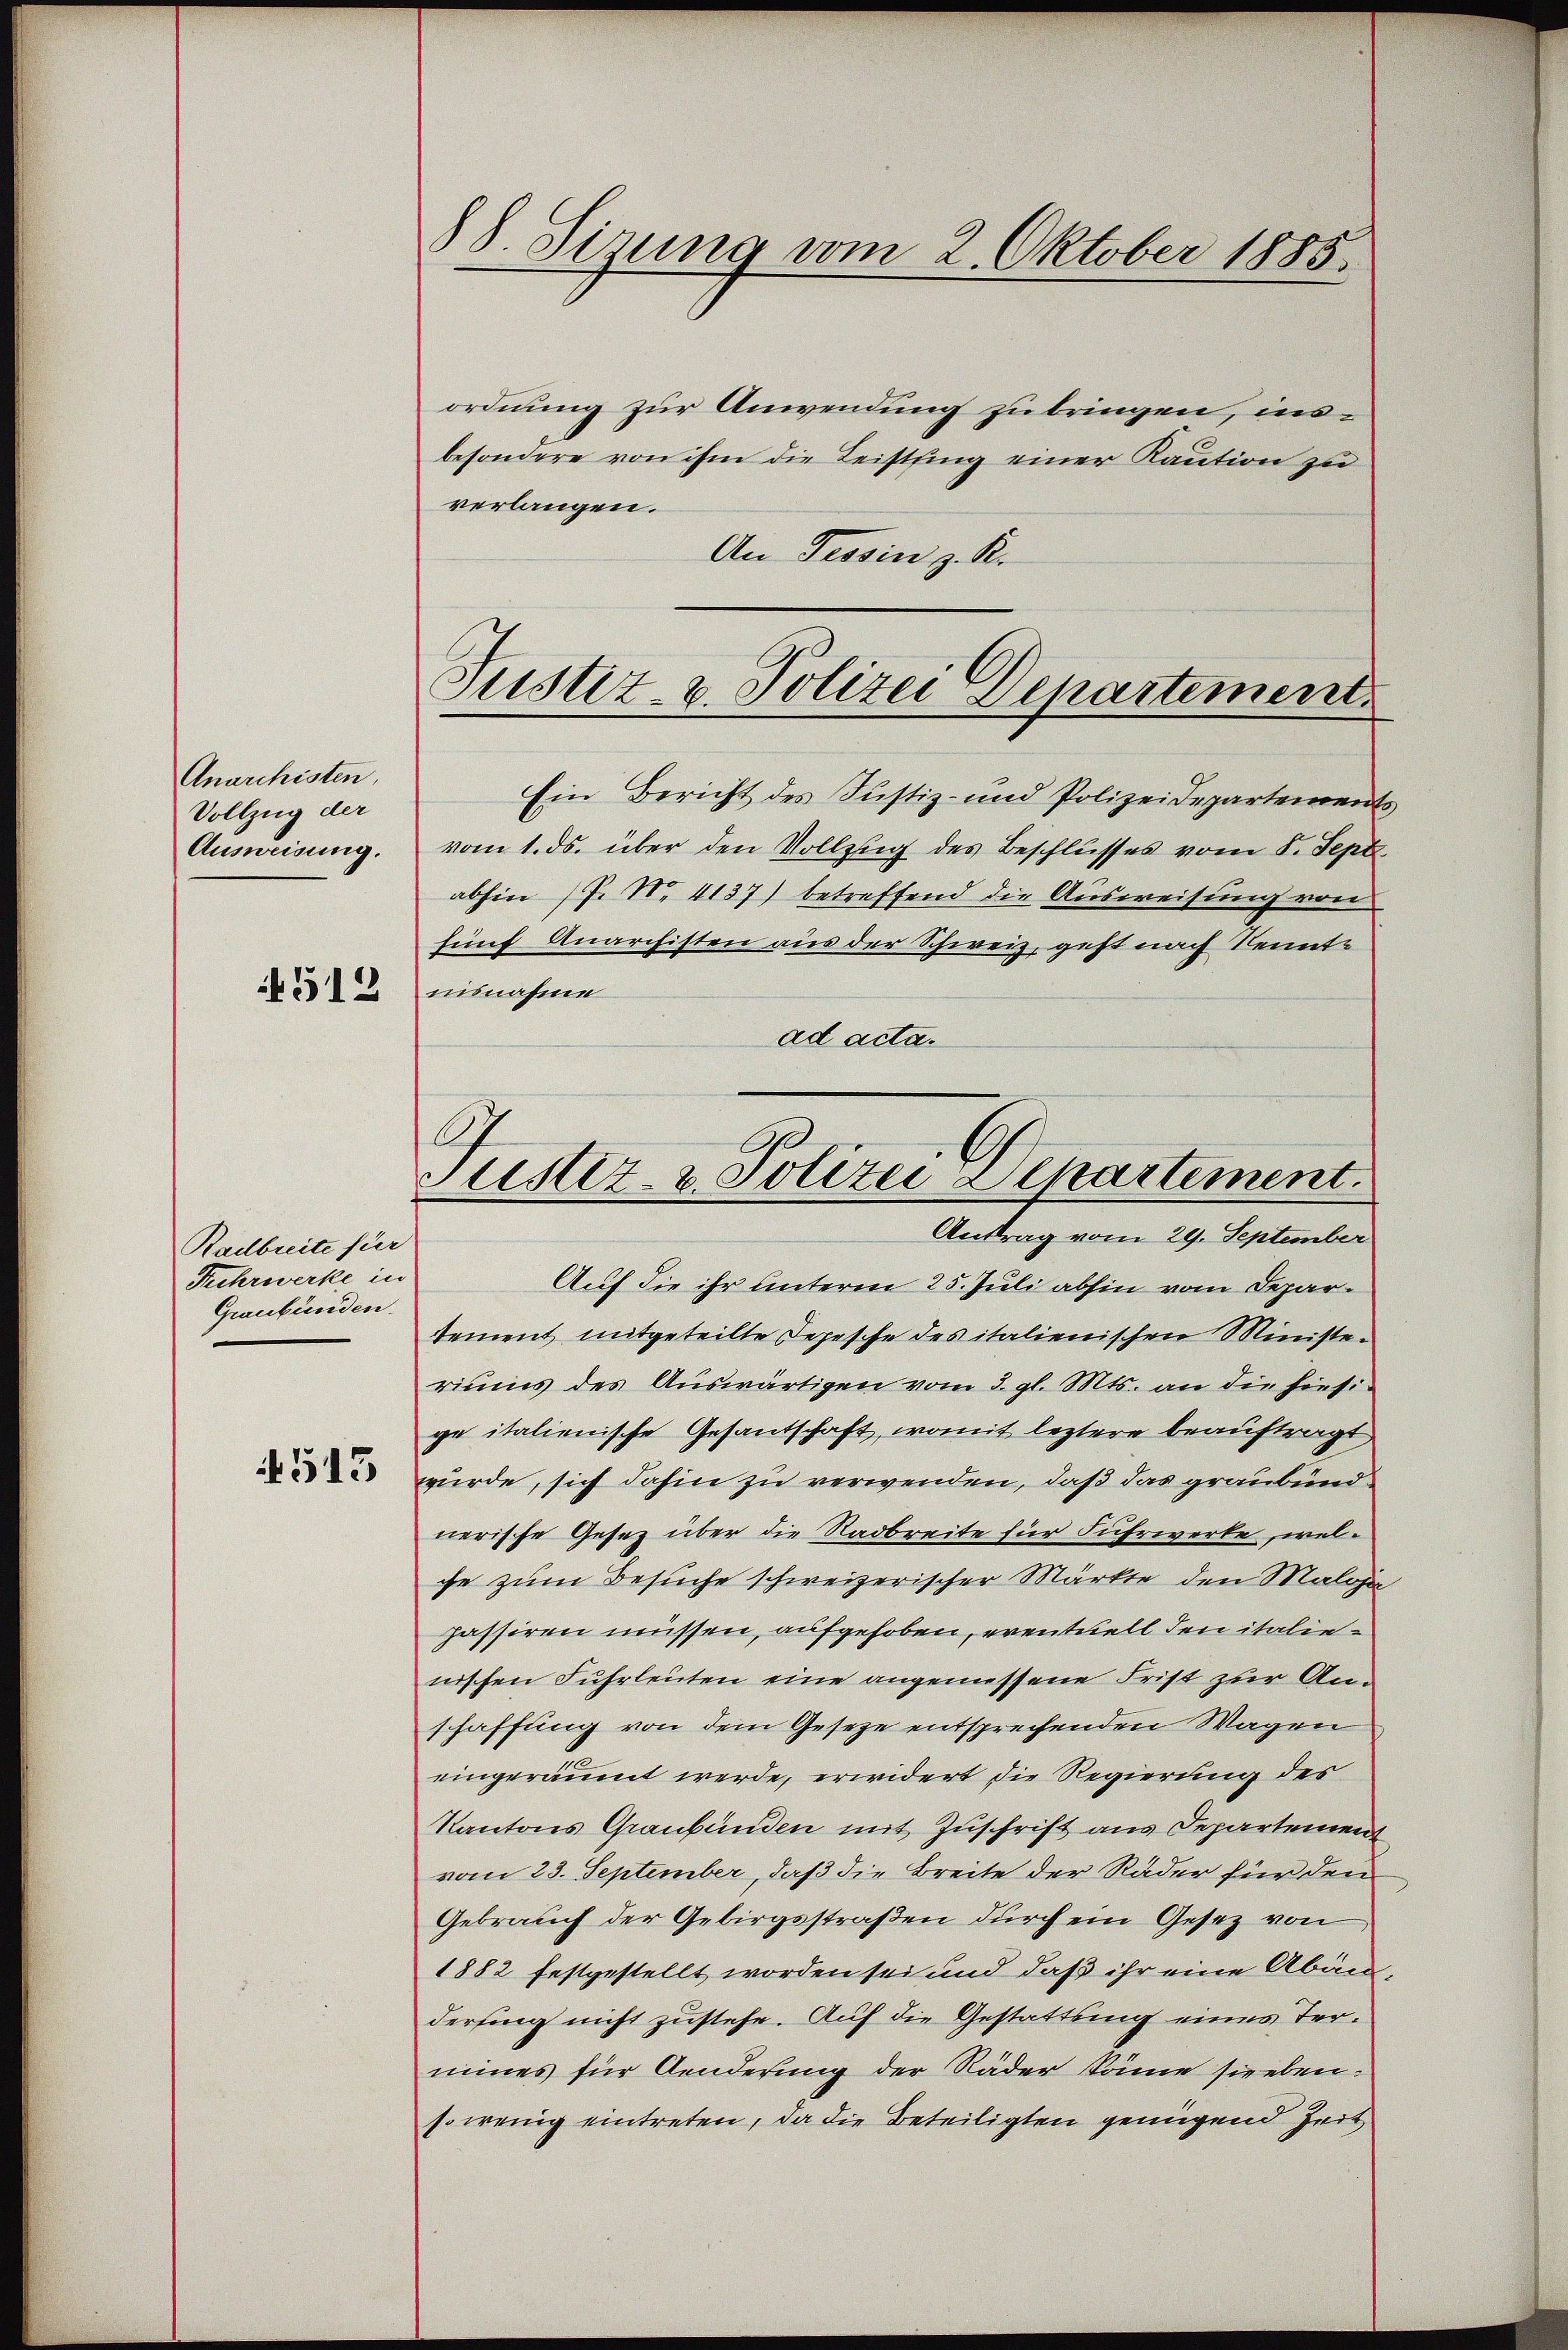
Anarchisten,
Vollzug der
Ausweisung.
4512

Radbreite für
Fuhrwerke in
Graubünden.

4513

ordnung zur Anwendung zu bringen, insbesondere von ihm die Leistling einer Kaution zu
verlangen.
An Tessin z. K.

88. Sizung vom 2. Oktober 1885.

Justiz- u. Polizei Departement

C
Justiz- & Polizei Departement.
Antrag vom 29. September

Ein Bericht des Justiz- und Polizeidepartements
vom 1. ds. über den Vollzug des Beschlusses vom 8. Sept.
abhin (P. Nr. 4137) betreffend die Ausweisung von
fünf Anarchisten aus der Schweiz, geht nach Kenntisnahme
ad acta.

Auf die ihr unterm 25. Juli abhin vom Departement mitgeteilte Depesche des italienischen Ministeriums des Auswärtigen vom 3. gl. Mts. an die hiesige italienische Gesandschaft, womit leztere beauftragt
würde, sich dahin zu verwenden, daß das graubündnerische Gesez über die Stadbreite für Fuhrwerke, welche zum Besuche schweizerischer Märkte den Maloja
passiren müssen, aufgehoben, eventuell den italienischen Fuhrleuten eine angemessene Frist zur Anschaffung von dem Gesetze entsprechenden Wagen
eingeräumt werde, erwidert die Regierung des
Kantons Graubünden mit Zuschrift aus Departement
vom 23. September, daß die Breite der Räder für den
Gebrauch der Gebirgsstraßen durch ein Gesez von
1882 festgestellt worden sei und daß ihr eine Abändersing nicht zustehe. Auf die Gestattung eines Termines für Aenderung der Räder könne sieben.
so wenig eintreten, da die Beteiligten genügend Zeit